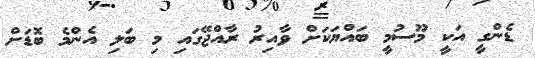
ޑެންގީ އަކީ މޫސުމީ ބައްޔަކަށް ވާއިރު ރާއްޖޭގައި މި ބަލި އެންމެ ބޮޑަށް